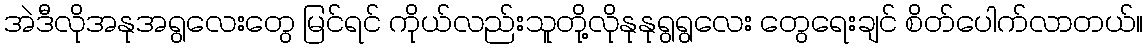
အဲဒီလိုအနုအရွလေးတွေ မြင်ရင် ကိုယ်လည်းသူတို့လိုနုနုရွရွလေး တွေရေးချင် စိတ်ပေါက်လာတယ်။